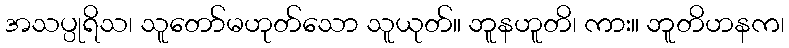
အသပ္ပုရိသ၊ သူတော်မဟုတ်သော သူယုတ်။ ဘူနဟူတိ၊ ကား။ ဘူတိဟနက၊